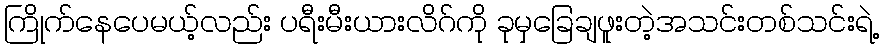
ကြိုက်နေပေမယ့်လည်း ပရီးမီးယားလိဂ်ကို ခုမှခြေချဖူးတဲ့အသင်းတစ်သင်းရဲ့